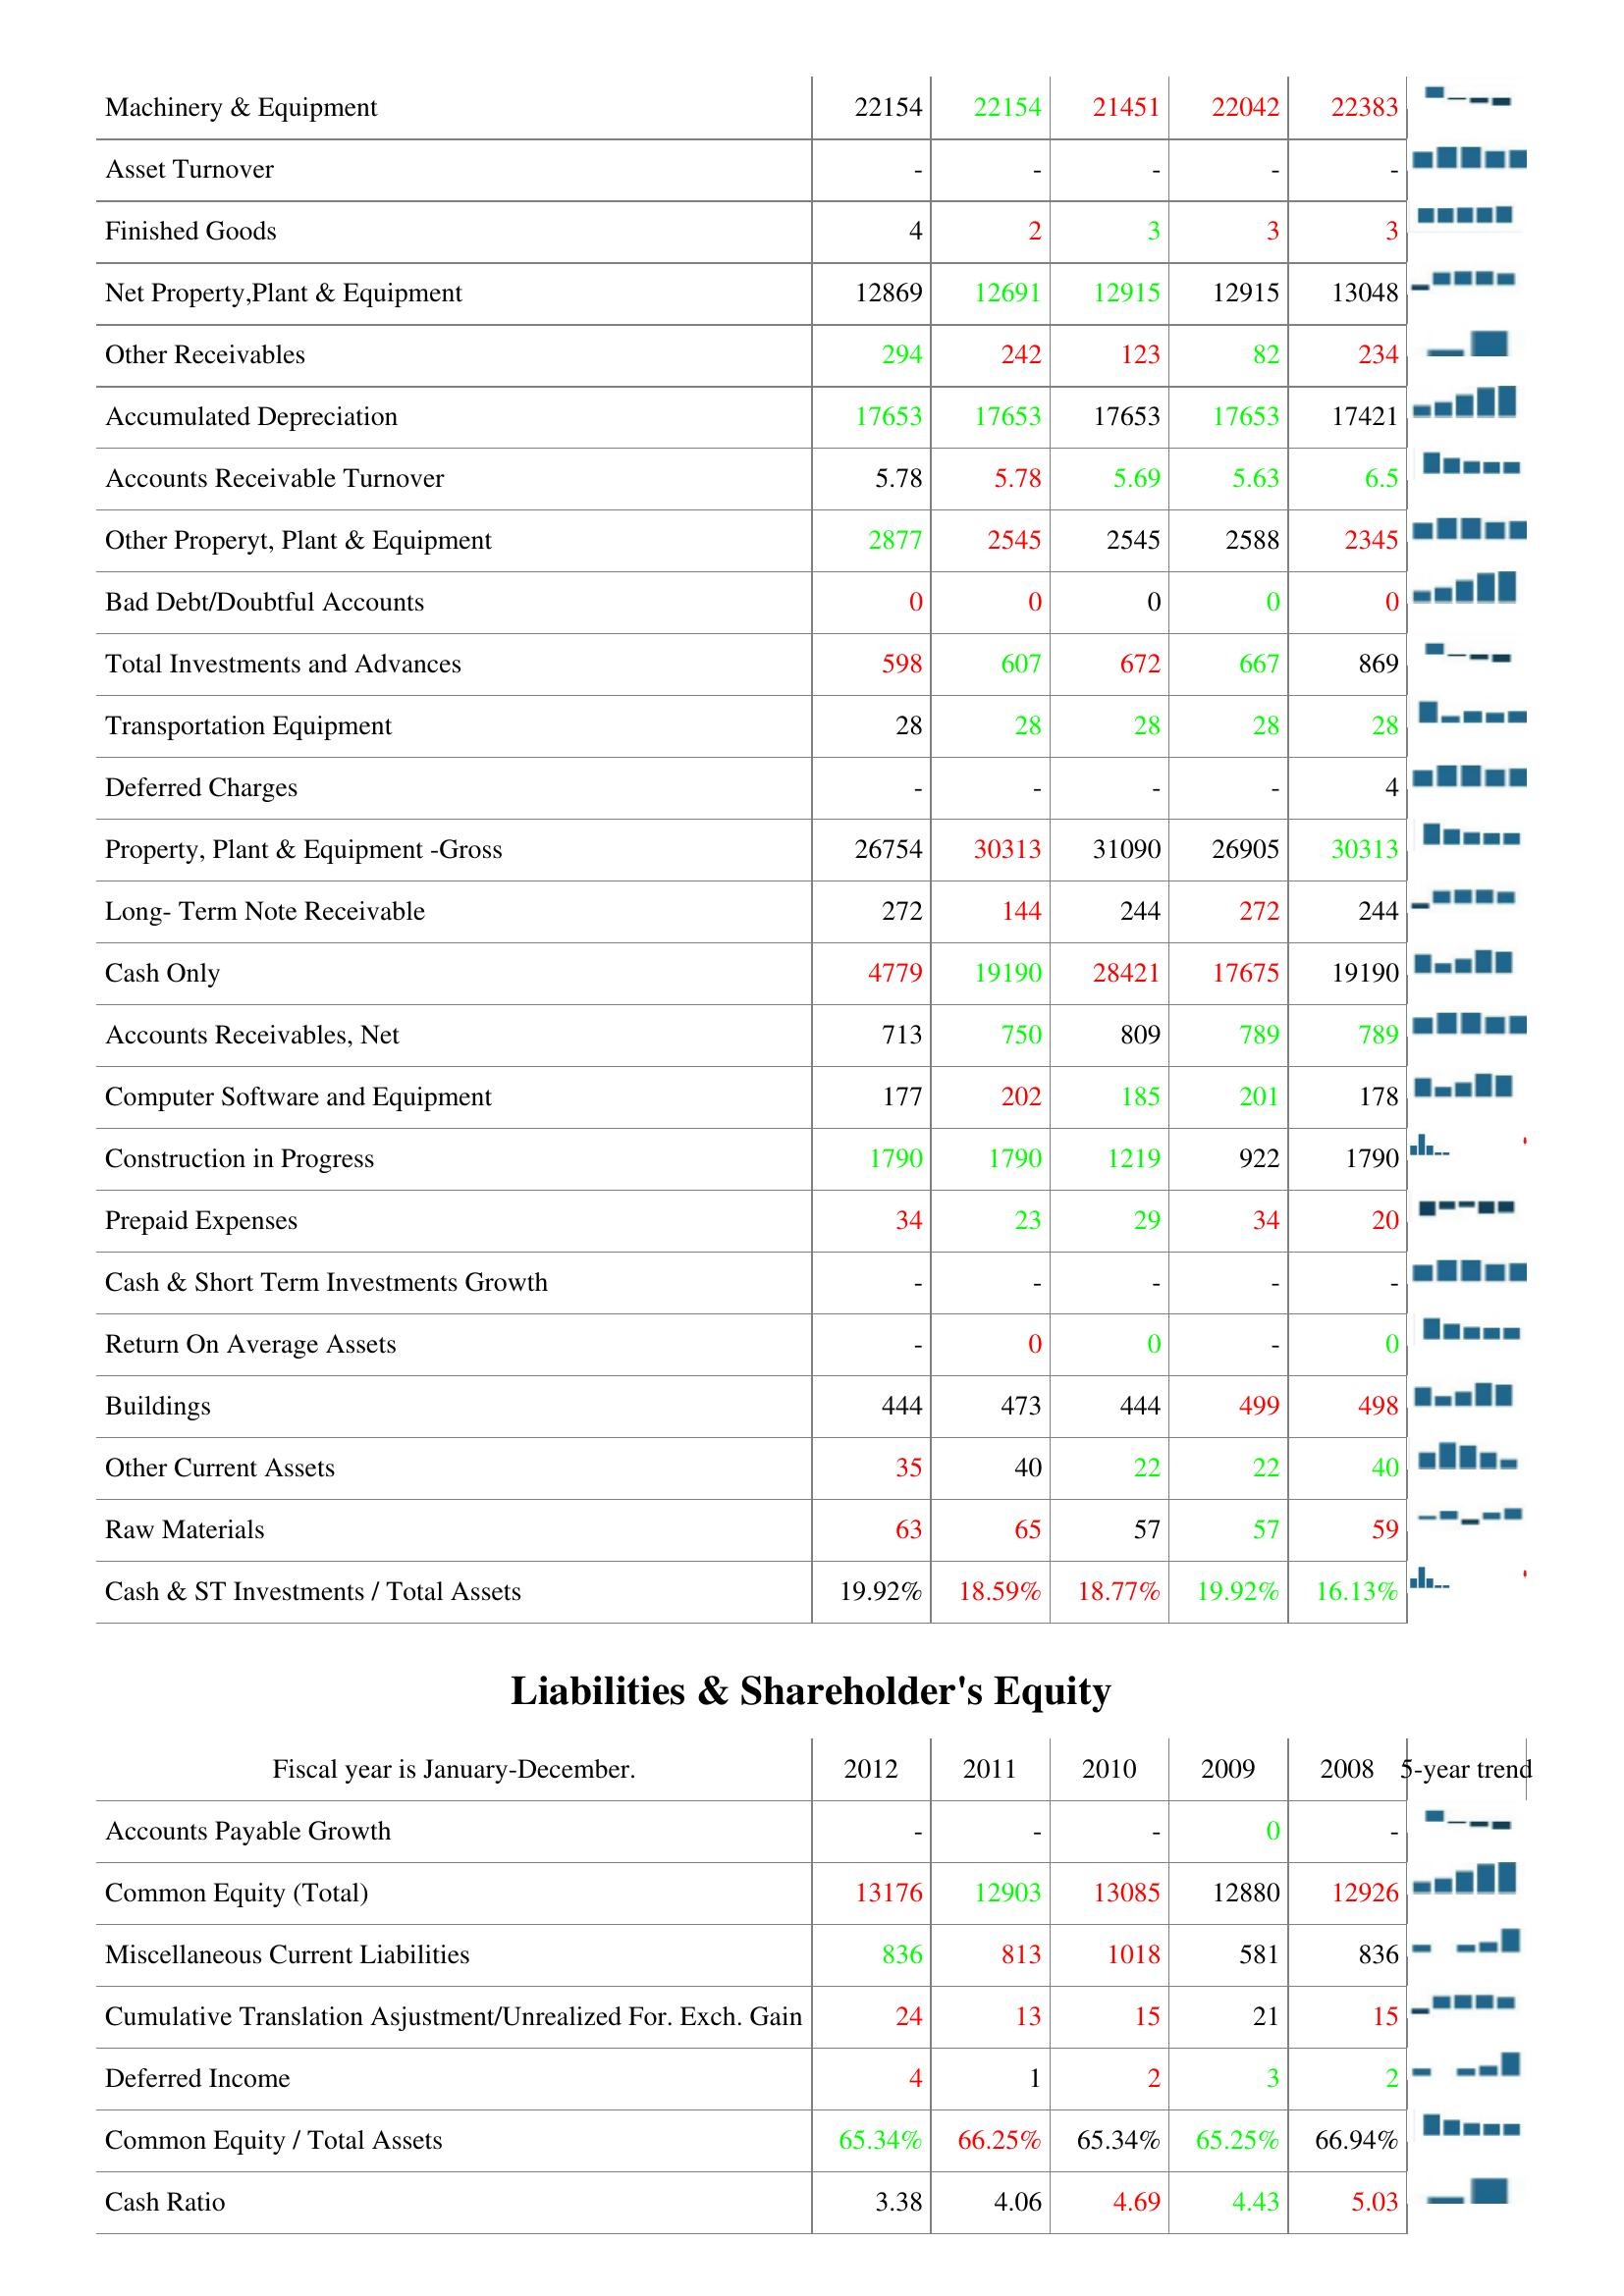
2012: Assets: Machinery & Equipment: 22154
Asset Turnover: -
Finished Goods: 4
Net Property,Plant & Equipment: 12869
Other Receivables: 294
Accumulated Depreciation: 17653
Accounts Receivable Turnover: 5.78
Other Properyt, Plant & Equipment: 2877
Bad Debt/Doubtful Accounts: 0
Total Investments and Advances: 598
Transportation Equipment: 28
Deferred Charges: -
Property, Plant & Equipment -Gross: 26754
Long- Term Note Receivable: 272
Cash Only: 4779
Accounts Receivables, Net: 713
Computer Software and Equipment: 177
Construction in Progress: 1790
Prepaid Expenses: 34
Cash & Short Term Investments Growth: -
Return On Average Assets: -
Buildings: 444
Other Current Assets: 35
Raw Materials: 63
Cash & ST Investments / Total Assets: 19.92%
Liabilities & Shareholder's Equity: Accounts Payable Growth: -
Common Equity (Total): 13176
Miscellaneous Current Liabilities: 836
Cumulative Translation Asjustment/Unrealized For. Exch. Gain: 24
Deferred Income: 4
Common Equity / Total Assets: 65.34%
Cash Ratio: 3.38
2011: Assets: Machinery & Equipment: 22154
Asset Turnover: -
Finished Goods: 2
Net Property,Plant & Equipment: 12691
Other Receivables: 242
Accumulated Depreciation: 17653
Accounts Receivable Turnover: 5.78
Other Properyt, Plant & Equipment: 2545
Bad Debt/Doubtful Accounts: 0
Total Investments and Advances: 607
Transportation Equipment: 28
Deferred Charges: -
Property, Plant & Equipment -Gross: 30313
Long- Term Note Receivable: 144
Cash Only: 19190
Accounts Receivables, Net: 750
Computer Software and Equipment: 202
Construction in Progress: 1790
Prepaid Expenses: 23
Cash & Short Term Investments Growth: -
Return On Average Assets: 0
Buildings: 473
Other Current Assets: 40
Raw Materials: 65
Cash & ST Investments / Total Assets: 18.59%
Liabilities & Shareholder's Equity: Accounts Payable Growth: -
Common Equity (Total): 12903
Miscellaneous Current Liabilities: 813
Cumulative Translation Asjustment/Unrealized For. Exch. Gain: 13
Deferred Income: 1
Common Equity / Total Assets: 66.25%
Cash Ratio: 4.06
2010: Assets: Machinery & Equipment: 21451
Asset Turnover: -
Finished Goods: 3
Net Property,Plant & Equipment: 12915
Other Receivables: 123
Accumulated Depreciation: 17653
Accounts Receivable Turnover: 5.69
Other Properyt, Plant & Equipment: 2545
Bad Debt/Doubtful Accounts: 0
Total Investments and Advances: 672
Transportation Equipment: 28
Deferred Charges: -
Property, Plant & Equipment -Gross: 31090
Long- Term Note Receivable: 244
Cash Only: 28421
Accounts Receivables, Net: 809
Computer Software and Equipment: 185
Construction in Progress: 1219
Prepaid Expenses: 29
Cash & Short Term Investments Growth: -
Return On Average Assets: 0
Buildings: 444
Other Current Assets: 22
Raw Materials: 57
Cash & ST Investments / Total Assets: 18.77%
Liabilities & Shareholder's Equity: Accounts Payable Growth: -
Common Equity (Total): 13085
Miscellaneous Current Liabilities: 1018
Cumulative Translation Asjustment/Unrealized For. Exch. Gain: 15
Deferred Income: 2
Common Equity / Total Assets: 65.34%
Cash Ratio: 4.69
2009: Assets: Machinery & Equipment: 22042
Asset Turnover: -
Finished Goods: 3
Net Property,Plant & Equipment: 12915
Other Receivables: 82
Accumulated Depreciation: 17653
Accounts Receivable Turnover: 5.63
Other Properyt, Plant & Equipment: 2588
Bad Debt/Doubtful Accounts: 0
Total Investments and Advances: 667
Transportation Equipment: 28
Deferred Charges: -
Property, Plant & Equipment -Gross: 26905
Long- Term Note Receivable: 272
Cash Only: 17675
Accounts Receivables, Net: 789
Computer Software and Equipment: 201
Construction in Progress: 922
Prepaid Expenses: 34
Cash & Short Term Investments Growth: -
Return On Average Assets: -
Buildings: 499
Other Current Assets: 22
Raw Materials: 57
Cash & ST Investments / Total Assets: 19.92%
Liabilities & Shareholder's Equity: Accounts Payable Growth: 0
Common Equity (Total): 12880
Miscellaneous Current Liabilities: 581
Cumulative Translation Asjustment/Unrealized For. Exch. Gain: 21
Deferred Income: 3
Common Equity / Total Assets: 65.25%
Cash Ratio: 4.43
2008: Assets: Machinery & Equipment: 22383
Asset Turnover: -
Finished Goods: 3
Net Property,Plant & Equipment: 13048
Other Receivables: 234
Accumulated Depreciation: 17421
Accounts Receivable Turnover: 6.5
Other Properyt, Plant & Equipment: 2345
Bad Debt/Doubtful Accounts: 0
Total Investments and Advances: 869
Transportation Equipment: 28
Deferred Charges: 4
Property, Plant & Equipment -Gross: 30313
Long- Term Note Receivable: 244
Cash Only: 19190
Accounts Receivables, Net: 789
Computer Software and Equipment: 178
Construction in Progress: 1790
Prepaid Expenses: 20
Cash & Short Term Investments Growth: -
Return On Average Assets: 0
Buildings: 498
Other Current Assets: 40
Raw Materials: 59
Cash & ST Investments / Total Assets: 16.13%
Liabilities & Shareholder's Equity: Accounts Payable Growth: -
Common Equity (Total): 12926
Miscellaneous Current Liabilities: 836
Cumulative Translation Asjustment/Unrealized For. Exch. Gain: 15
Deferred Income: 2
Common Equity / Total Assets: 66.94%
Cash Ratio: 5.03